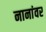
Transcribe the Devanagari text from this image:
नानांवर